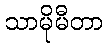
သာမိုမီတာ